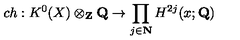
c h : K ^ { 0 } ( X ) \otimes _ { \bf Z } { \bf Q } \to \prod _ { j \in { \bf N } } H ^ { 2 j } ( x ; { \bf Q } )